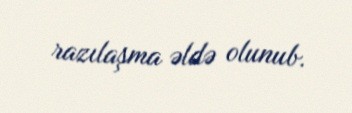
razılaşma əldə olunub.